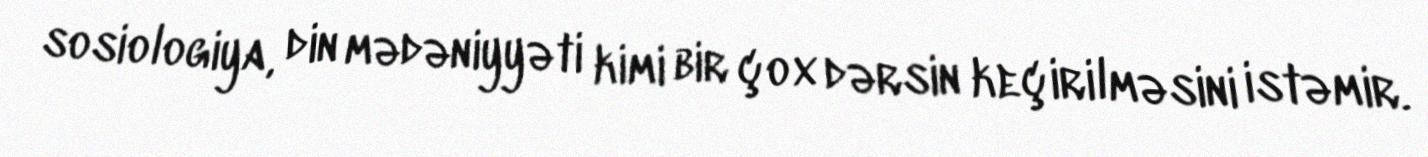
sosiologiya, din mədəniyyəti kimi bir çox dərsin keçirilməsini istəmir.